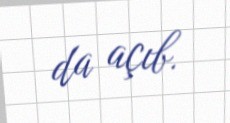
da açıb.